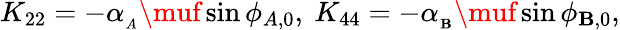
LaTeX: K_{22}=-\alpha_{_A}\muf\sin{\phi_{A,0}},\ K_{44}=-\alpha_{_\mathbf{B}}\muf\sin{\phi_{\mathbf{B},0}},